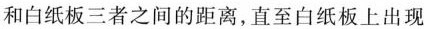
和白纸板三者之间的距离，直至白纸板上出现